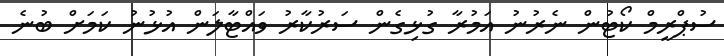
ސުޕްރީމް ކޯޓުން ނެރުނު އަމުރާ ގުޅިގެން ސަރުކާރު ވައްޓާލަން އުޅުނު ކަމަށް ބުނެ